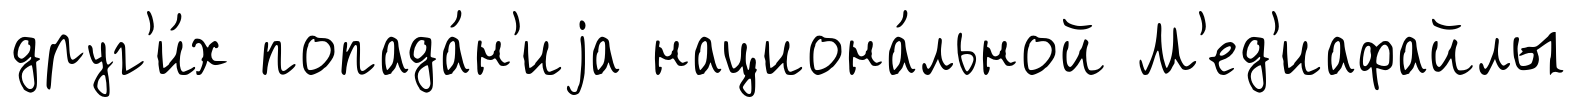
друг'и́х попада́н'иjа национа́льной М'ед'иафайлы